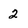
Character: 2